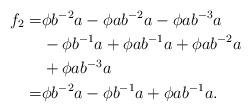
LaTeX: \begin{align*}f_2=&\phi b^{-2}a-\phi ab^{-2}a-\phi ab^{-3}a\\&-\phi b^{-1}a+\phi ab^{-1}a+\phi ab^{-2}a\\&+\phi ab^{-3}a\\=&\phi b^{-2}a-\phi b^{-1}a+\phi ab^{-1}a.\end{align*}